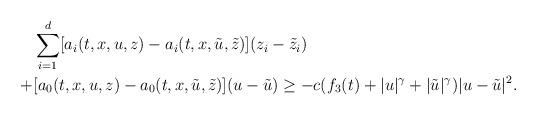
LaTeX: \begin{align*}& \sum_{i=1}^{d} [a_i(t,x,u,z) - a_i(t,x,\tilde{u},\tilde{z})](z_i - \tilde{z}_i) \\ + & [a_0(t,x,u,z)-a_0(t,x,\tilde{u},\tilde{z})](u-\tilde{u}) \geq - c ( f_3(t) + |u|^{\gamma} + |\tilde{u}|^{\gamma})|u-\tilde{u}|^{2}.\end{align*}